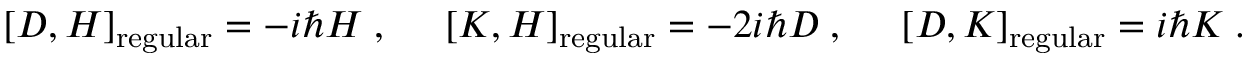
[ D , H ] _ { \mathrm { r e g u l a r } } = - i \hbar H \; , \; \; \; \; \; [ K , H ] _ { \mathrm { r e g u l a r } } = - 2 i \hbar D \; , \; \; \; \; \; [ D , K ] _ { \mathrm { r e g u l a r } } = i \hbar K \; .